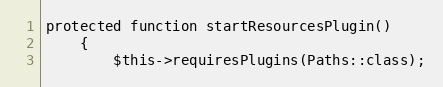
Language: PHP
protected function startResourcesPlugin()
    {
        $this->requiresPlugins(Paths::class);